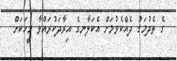
ގެ ތެދުމަގު ދެއްކެވުމަށް އެކަލާނގެ އިރާދަކުރައްވާ މީހަކަށް